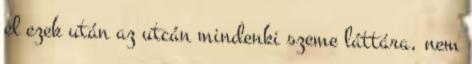
el ezek után az utcán mindenki szeme láttára, nem